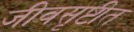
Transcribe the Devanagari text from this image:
जीवसृष्टीत